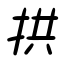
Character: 拱